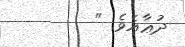
ދުޢާއެވެ. "